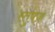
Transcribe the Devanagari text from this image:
स्तुफ्ज़